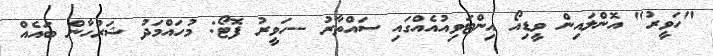
"ހަވީރު" އޮންލައިން ވީޑިއޯ އިންޓަވިއުއެއްގައި ސައްތާރު --ހަވީރު ފޮޓޯ: މުހައްމަދު ޝަރުހާން ބައެއް